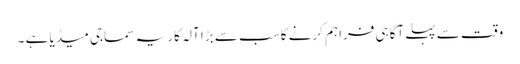
وقت سے پہلے آگاہی فراہم کرنے کا سب سے بڑا آلہ کار یہ سماجی میڈیا ہے ۔